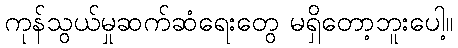
ကုန်သွယ်မှုဆက်ဆံရေးတွေ မရှိတော့ဘူးပေါ့။